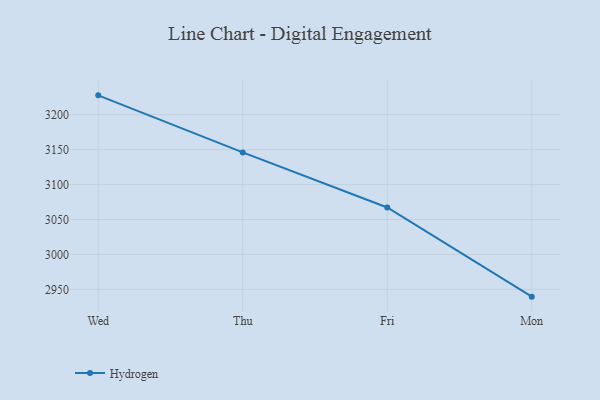
{"axis": {"x": "Day", "y": "Active Users"}, "legend": ["Hydrogen"], "data": [{"x": "Wed", "y": 3227.7, "type": "Hydrogen"}, {"x": "Thu", "y": 3146.0, "type": "Hydrogen"}, {"x": "Fri", "y": 3067.2, "type": "Hydrogen"}, {"x": "Mon", "y": 2939.6, "type": "Hydrogen"}]}